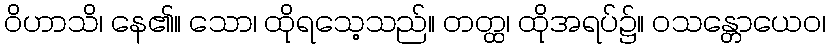
ဝိဟာသိ၊ နေ၏။ သော၊ ထိုရသေ့သည်။ တတ္ထ၊ ထိုအရပ်၌။ ဝသန္တောယေဝ၊